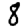
Digit: 8